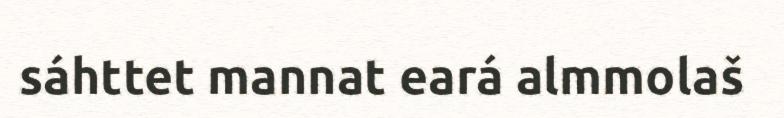
sáhttet mannat eará almmolaš